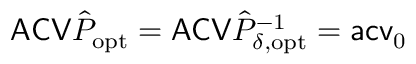
\mathsf { A C V } \hat { P } _ { \mathrm { o p t } } = \mathsf { A C V } \hat { P } _ { \delta , \mathrm { o p t } } ^ { - 1 } = \mathsf { a c v } _ { 0 }